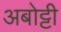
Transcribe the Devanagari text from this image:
अबोट्टी